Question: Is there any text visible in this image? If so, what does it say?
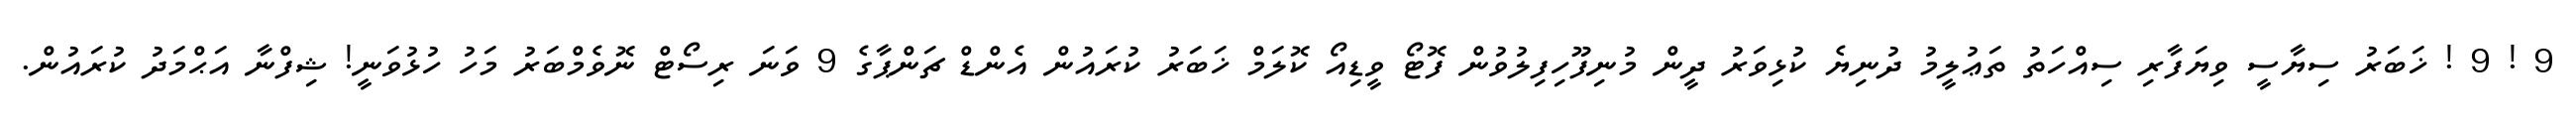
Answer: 9 ! 9 ! ޚަބަރު ސިޔާސީ ވިޔަފާރި ސިއްހަތު ތަޢުލީމު ދުނިޔެ ކުޅިވަރު ދީން މުނިފޫހިފިލުވުން ފޮޓޯ ވީޑިއޯ ކޮލަމް ޚަބަރު ކުރައުން އެންޑް ޗަންޕާގެ 9 ވަނަ ރިސޯޓް ނޮވެމްބަރު މަހު ހުޅުވަނީ! ޝިފްނާ އަޙްމަދު ކުރައުން.